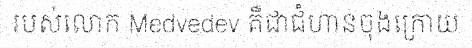
របស់លោក Medvedev គឺជាជំហានចុងក្រោយ